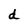
Character: d